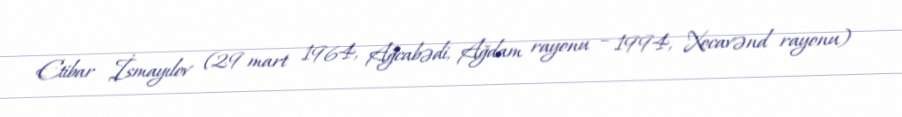
Etibar İsmayılov (29 mart 1964, Ağcabədi, Ağdam rayonu – 1994, Xocavənd rayonu)